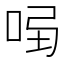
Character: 𠱣